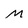
Character: M